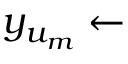
y _ { u _ { m } } \gets